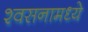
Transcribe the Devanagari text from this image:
श्वसनामध्ये